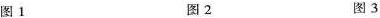
图1 图2 图3